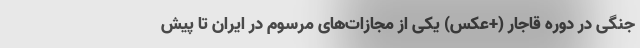
جنگی در دوره قاجار (+عکس) یکی از مجازات‌های مرسوم در ایران تا پیش